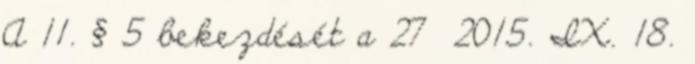
A 11. § 5 bekezdését a 27 2015. IX. 18.